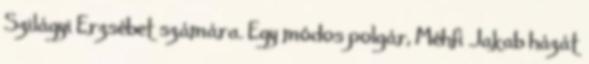
Szilágyi Erzsébet számára. Egy módos polgár, Méhfi Jakab házát